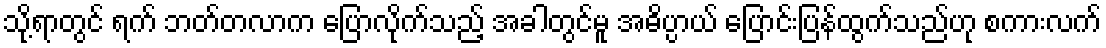
သို့ရာတွင် ရက် ဘတ်တလာက ပြောလိုက်သည့် အခါတွင်မူ အဓိပ္ပာယ် ပြောင်းပြန်ထွက်သည်ဟု စကားလက်